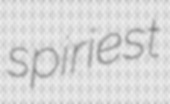
spiriest